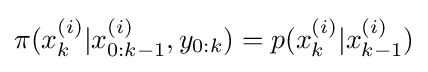
\pi (x_{k}^{(i)}|x_{0:k-1}^{(i)},y_{0:k})=p(x_{k}^{(i)}|x_{k-1}^{(i)})